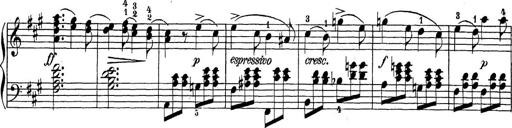
Title: Sonatina Album
Composer: Louis KÃ¶hler